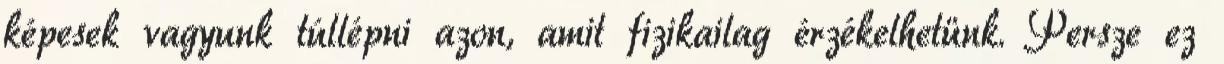
képesek vagyunk túllépni azon, amit fizikailag érzékelhetünk. Persze ez